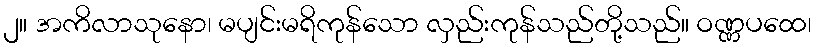
၂။ အကိလာသုနော၊ မပျင်းမရိကုန်သော လှည်းကုန်သည်တို့သည်။ ဝဏ္ဏပထေ၊